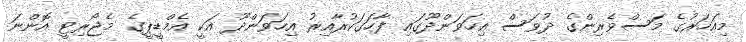
މިއަހަރުގެ މަސްވެރިންގެ ދުވަސް އިހަވަންދޫގައި ފާހަގަކުރާއިރު އިހަވަންދޫ އަކީ އެމްޑީޕީގެ މެޖޯރިޓީ އޮންނަ